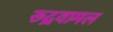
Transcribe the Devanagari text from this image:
रूद्रवामल